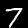
Digit: 7